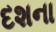
દશના